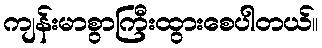
ကျန်းမာစွာကြီးထွားစေပါတယ်။